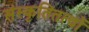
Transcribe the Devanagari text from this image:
संस्कृतितत्वों